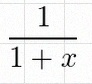
\frac{1}{1+x}